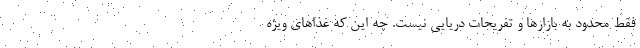
فقط محدود به بازارها و تفریحات دریایی نیست. چه این که غذاهای ویژه